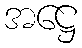
အဋ္ဌေ